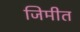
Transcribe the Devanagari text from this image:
जिमीत